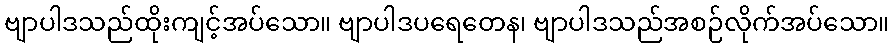
ဗျာပါဒသည်ထိုးကျင့်အပ်သော။ ဗျာပါဒပရေတေန၊ ဗျာပါဒသည်အစဉ်လိုက်အပ်သော။